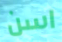
اسن